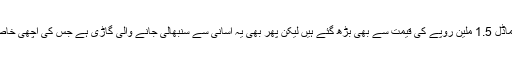
اگر چہ وٹز کے نئے ماڈؒل 1.5 ملین روپے کی قیمت سے بھی بڑھ گئے ہیں لیکن پھر بھی یہ آسانی سے سنبھالی جانے والی گاڑی ہے جس کی اچھی خاصی ری سیل ویلیو ہے۔